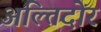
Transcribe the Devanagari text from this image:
अल्तिदोर